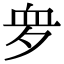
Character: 𧖪